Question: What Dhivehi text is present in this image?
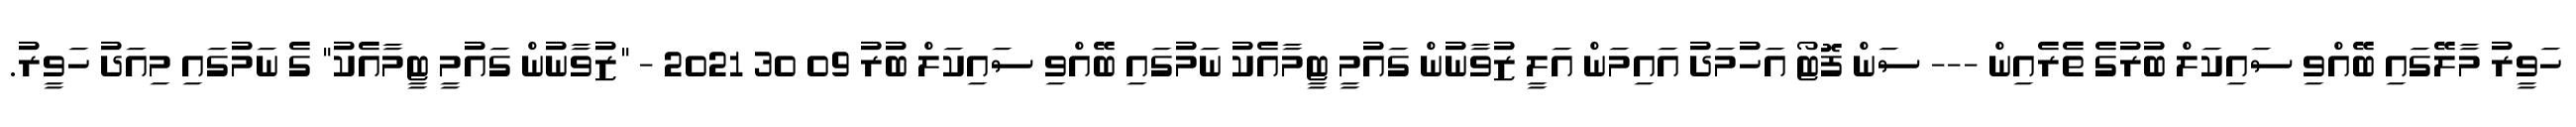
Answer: ހަވީރު މާލޭގައި ބޭއްވި ސައިކަލް ބުރުގެ ތެރެއިން --- ސަން ފޮޓޯ އަހުމަދު އައިމަން އަލީ ޒުވާނުން ގައުމީ ޓީމާއެކު ނަމުގައި ބޭއްވި ސައިކަލް ބުރު 09 30 2021 - "ޒުވާނުން ގައުމީ ޓީމާއެކު" ގެ ނަމުގައި މިއަދު ހަވީރު.